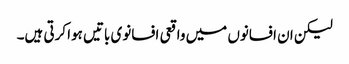
لیکن ان افسانوں میں واقعی افسانوی باتیں ہوا کرتی ہیں۔